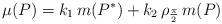
LaTeX: \begin{align*}\mu (P) = k_1 \, m(P^*) + k_2 \, \rho_{\frac \pi 2} \, m(P)\end{align*}